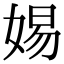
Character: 㛫